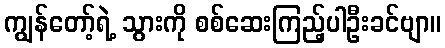
ကျွန်တော့်ရဲ့ သွားကို စစ်ဆေးကြည့်ပါဦးခင်ဗျာ။